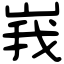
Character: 峩